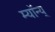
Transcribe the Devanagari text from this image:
म्यॉन्य्